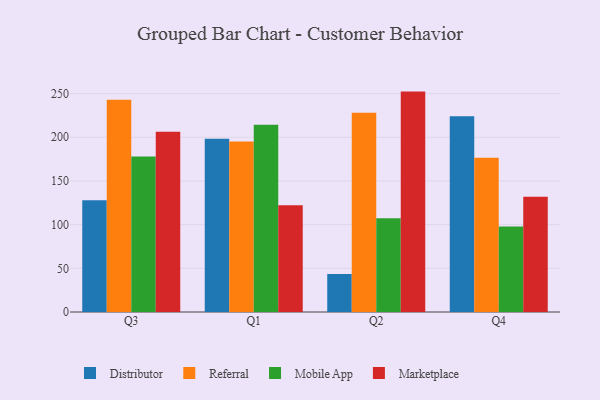
{"axis": {"x": "Quarter", "y": "Inventory Turnover"}, "legend": ["Distributor", "Marketplace", "Mobile App", "Referral"], "data": [{"x": "Q3", "y": 127.8, "type": "Distributor"}, {"x": "Q3", "y": 243.0, "type": "Referral"}, {"x": "Q3", "y": 177.9, "type": "Mobile App"}, {"x": "Q3", "y": 206.4, "type": "Marketplace"}, {"x": "Q1", "y": 198.4, "type": "Distributor"}, {"x": "Q1", "y": 195.2, "type": "Referral"}, {"x": "Q1", "y": 214.4, "type": "Mobile App"}, {"x": "Q1", "y": 122.3, "type": "Marketplace"}, {"x": "Q2", "y": 43.4, "type": "Distributor"}, {"x": "Q2", "y": 228.2, "type": "Referral"}, {"x": "Q2", "y": 107.3, "type": "Mobile App"}, {"x": "Q2", "y": 252.3, "type": "Marketplace"}, {"x": "Q4", "y": 224.1, "type": "Distributor"}, {"x": "Q4", "y": 176.5, "type": "Referral"}, {"x": "Q4", "y": 97.8, "type": "Mobile App"}, {"x": "Q4", "y": 132.0, "type": "Marketplace"}]}